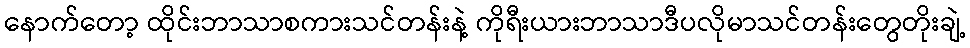
နောက်တော့ ထိုင်းဘာသာစကားသင်တန်းနဲ့ ကိုရီးယားဘာသာဒီပလိုမာသင်တန်းတွေတိုးချဲ့